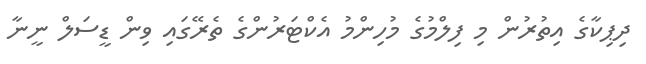
ދިޕިކާގެ އިތުރުން މި ފިލްމުގެ މުހިންމު އެކްޓަރުންގެ ތެރޭގައި ވިން ޑީސަލް ނީނާ